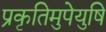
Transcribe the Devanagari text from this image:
प्रकृतिमुपेयुषि